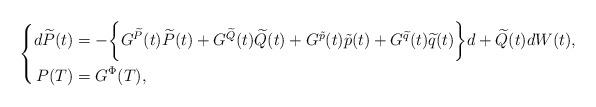
LaTeX: \begin{align*} \left\{\begin{aligned}d\widetilde{P}(t)&=-\bigg\{G^{\widetilde{P}}(t)\widetilde{P}(t)+G^{\widetilde{Q}}(t)\widetilde{Q}(t)+G^{\tilde{p}}(t)\tilde{p}(t)+G^{\widetilde{q}}(t)\widetilde{q}(t)\bigg\}d+\widetilde{Q}(t)dW(t),\\P(T)&=G^\Phi(T),\end{aligned}\right.\end{align*}